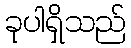
ခုပါရှိသည်